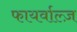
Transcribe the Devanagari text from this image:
फायर्वाल्ज़